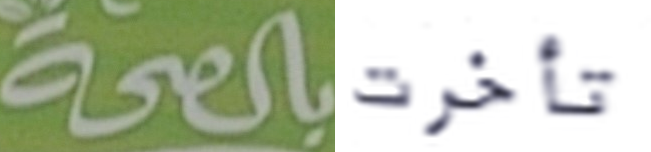
بالصحة تأخرت